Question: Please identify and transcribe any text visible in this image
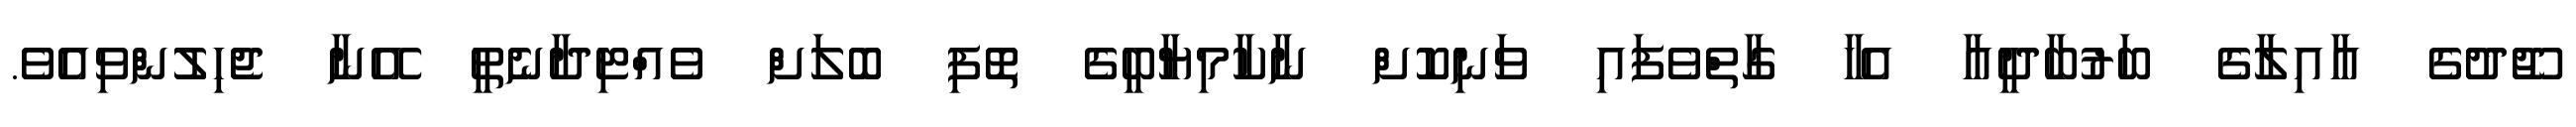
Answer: ޖޫދުގެ އާއިލާގެ ބަރުބާދީއާ އެހާ ގާތްވެފައި ވަނިކޮށް ނާކާމިޔާބީގެ ތޮފި ބޮލަށް ވެއްޓިދާނެތީ އޭނާ ޖެހިލުންވިއެވެ.